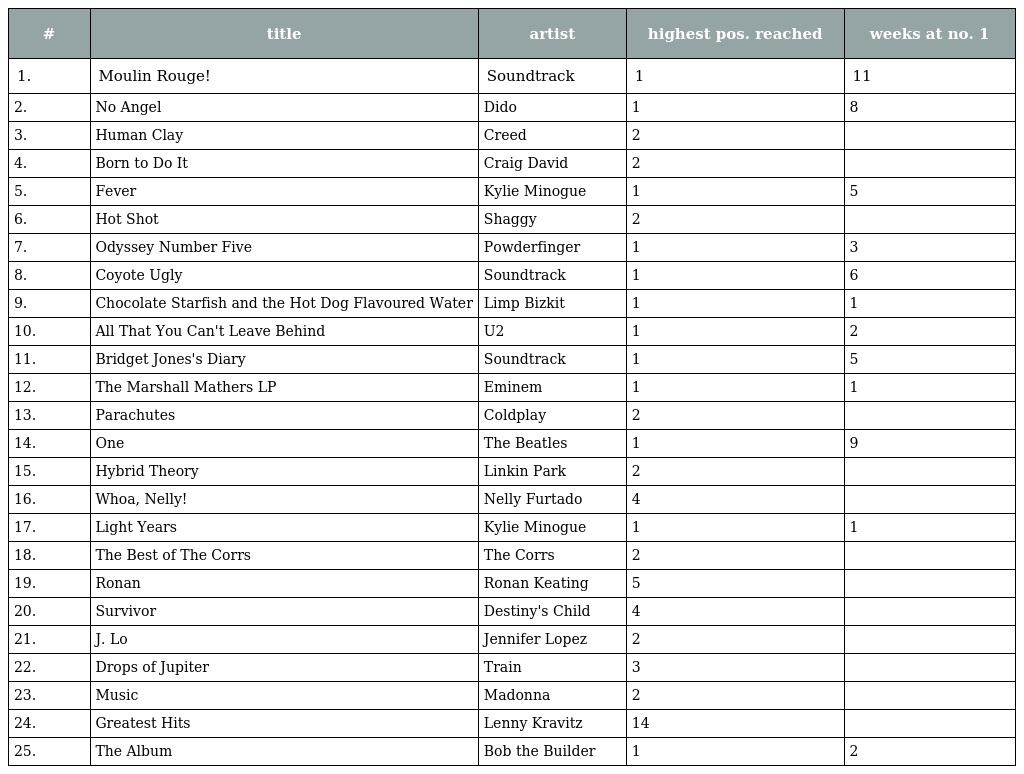
| # | title | artist | highest pos. reached | weeks at no. 1 |
 | --- | --- | --- | --- | --- |
 | 1. | Moulin Rouge! | Soundtrack | 1 | 11 |
 | 2. | No Angel | Dido | 1 | 8 |
 | 3. | Human Clay | Creed | 2 |  |
 | 4. | Born to Do It | Craig David | 2 |  |
 | 5. | Fever | Kylie Minogue | 1 | 5 |
 | 6. | Hot Shot | Shaggy | 2 |  |
 | 7. | Odyssey Number Five | Powderfinger | 1 | 3 |
 | 8. | Coyote Ugly | Soundtrack | 1 | 6 |
 | 9. | Chocolate Starfish and the Hot Dog Flavoured Water | Limp Bizkit | 1 | 1 |
 | 10. | All That You Can't Leave Behind | U2 | 1 | 2 |
 | 11. | Bridget Jones's Diary | Soundtrack | 1 | 5 |
 | 12. | The Marshall Mathers LP | Eminem | 1 | 1 |
 | 13. | Parachutes | Coldplay | 2 |  |
 | 14. | One | The Beatles | 1 | 9 |
 | 15. | Hybrid Theory | Linkin Park | 2 |  |
 | 16. | Whoa, Nelly! | Nelly Furtado | 4 |  |
 | 17. | Light Years | Kylie Minogue | 1 | 1 |
 | 18. | The Best of The Corrs | The Corrs | 2 |  |
 | 19. | Ronan | Ronan Keating | 5 |  |
 | 20. | Survivor | Destiny's Child | 4 |  |
 | 21. | J. Lo | Jennifer Lopez | 2 |  |
 | 22. | Drops of Jupiter | Train | 3 |  |
 | 23. | Music | Madonna | 2 |  |
 | 24. | Greatest Hits | Lenny Kravitz | 14 |  |
 | 25. | The Album | Bob the Builder | 1 | 2 |